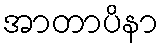
အာတာပိနာ